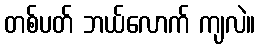
တစ်ပတ် ဘယ်လောက် ကျလဲ။